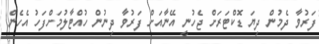
ފަރުވާ ދެމުން ދިޔަ ޑޮކްޓަރަށް ޖެހުނީ އޭނާއަށް ފަރުވާ ދިނުން ހުއްޓާލުމަށްފަހު އެހެން